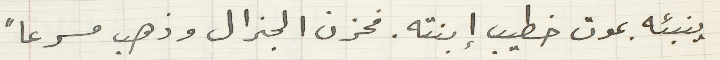
ينبئه بموت خطيب إبنته. فحزن الجنرال وذهب مسرعاً